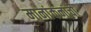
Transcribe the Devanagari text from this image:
मानांकनांची